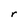
Character: r